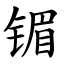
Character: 镅